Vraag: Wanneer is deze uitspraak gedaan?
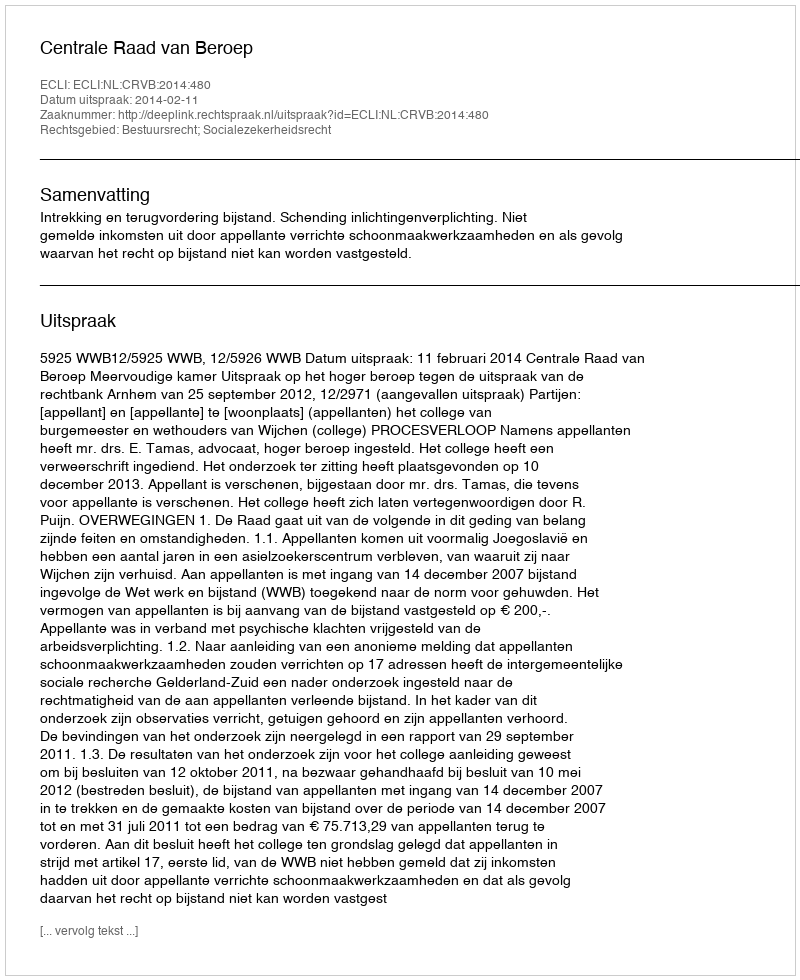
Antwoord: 2014-02-11